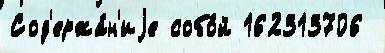
Сод'ержа́н'иjе собо́й 162313706